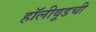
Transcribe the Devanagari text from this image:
हॉलीवूडची